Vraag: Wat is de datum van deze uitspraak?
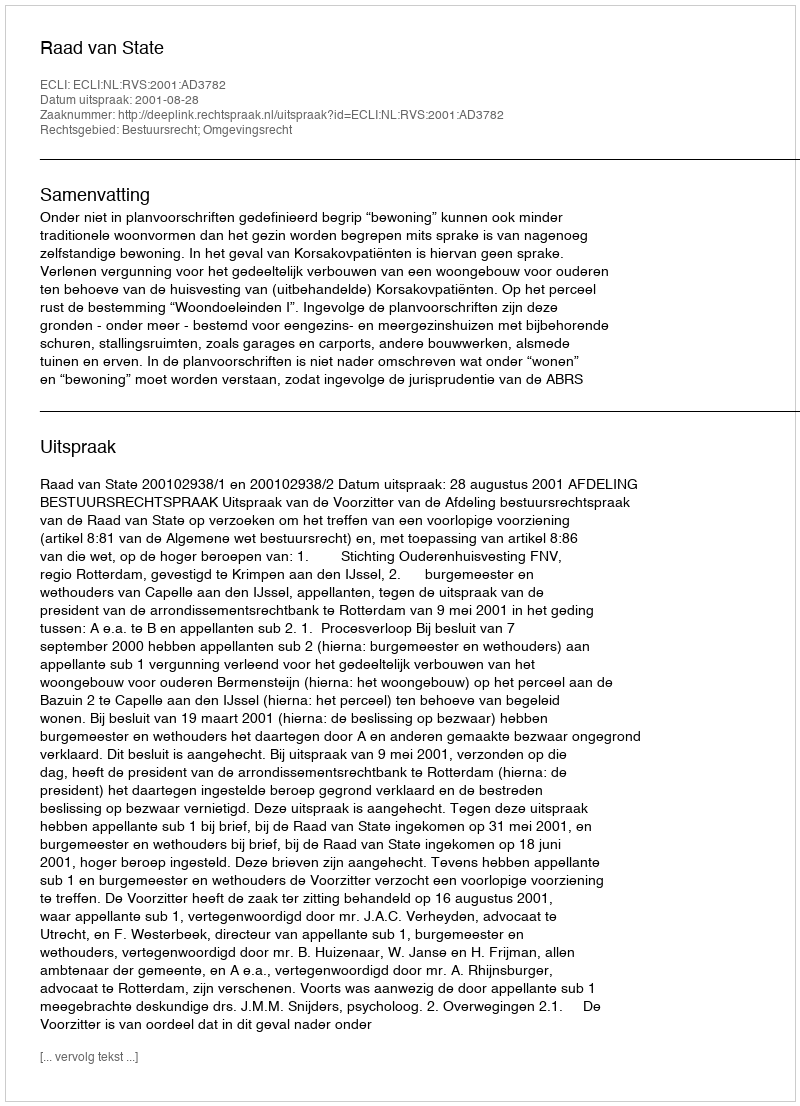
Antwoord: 2001-08-28